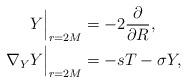
LaTeX: \begin{align*}Y\Big|_{r=2M}&=-2\frac{\partial}{\partial R},\\\nabla_Y Y\Big|_{r=2M}&=-sT-\sigma Y,\end{align*}